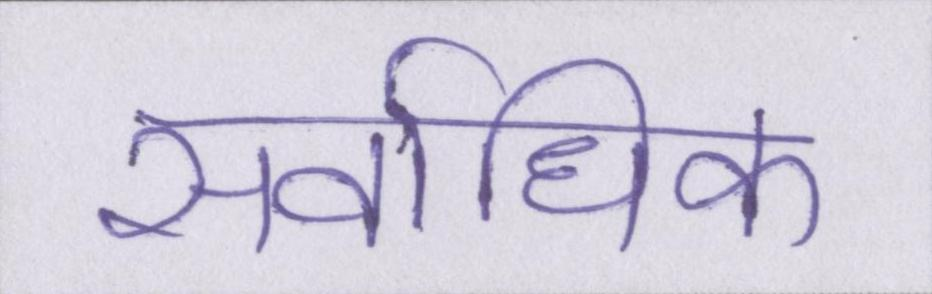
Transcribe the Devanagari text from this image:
सर्वाधिक